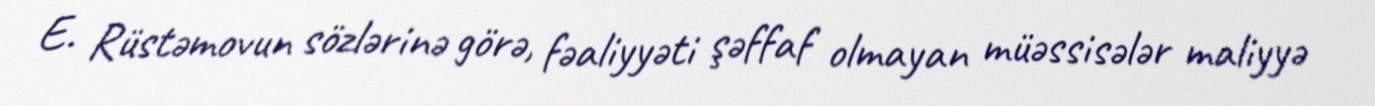
E. Rüstəmovun sözlərinə görə, fəaliyyəti şəffaf olmayan müəssisələr maliyyə